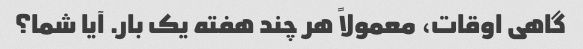
گاهی اوقات، معمولاً هر چند هفته یک بار. آیا شما؟